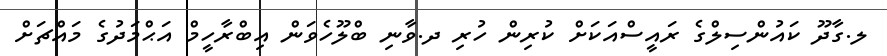
ލ.ގާދޫ ކައުންސިލްގެ ރައީސްއަކަށް ކުރިން ހުރި ދ.ވާނި ބްލޫހެވަން އިބްރާހީމް އަޙްމަދުގެ މައްޗަށް